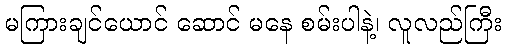
မကြားချင်ယောင် ဆောင် မနေ စမ်းပါနဲ့၊ လူလည်ကြီး